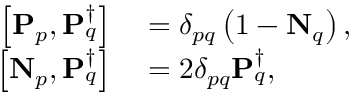
\begin{array} { r l } { \left[ \mathbf { P } _ { p } , \mathbf { P } _ { q } ^ { \dagger } \right] } & { { } = \delta _ { p q } \left( 1 - \mathbf { N } _ { q } \right) , } \\ { \left[ \mathbf { N } _ { p } , \mathbf { P } _ { q } ^ { \dagger } \right] } & { { } = 2 \delta _ { p q } \mathbf { P } _ { q } ^ { \dagger } , } \end{array}